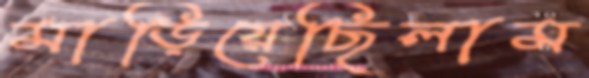
মাড়িয়েছিলাম